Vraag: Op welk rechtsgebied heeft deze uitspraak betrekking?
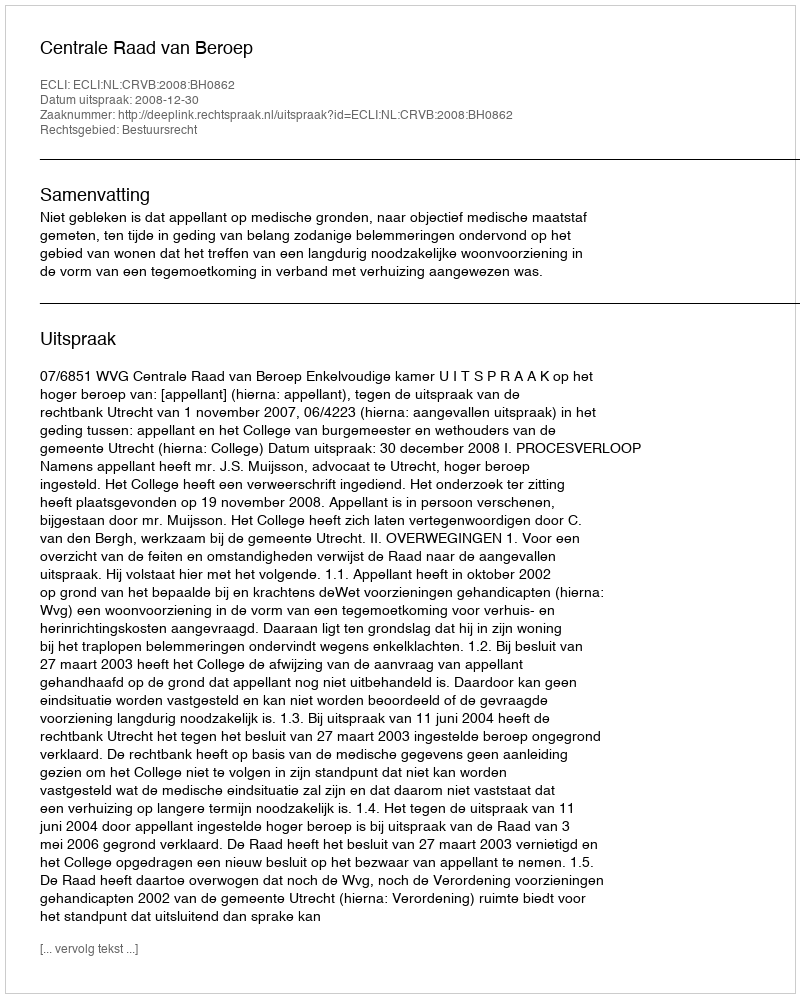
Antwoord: Bestuursrecht